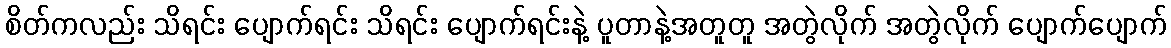
စိတ်ကလည်း သိရင်း ပျောက်ရင်း သိရင်း ပျောက်ရင်းနဲ့ ပူတာနဲ့အတူတူ အတွဲလိုက် အတွဲလိုက် ပျောက်ပျောက်